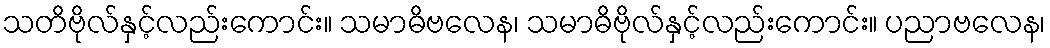
သတိဗိုလ်နှင့်လည်းကောင်း။ သမာဓိဗလေန၊ သမာဓိဗိုလ်နှင့်လည်းကောင်း။ ပညာဗလေန၊